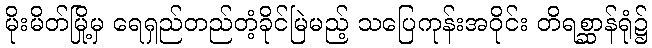
မိုးမိတ်မြို့မှ ရေရှည်တည်တံ့ခိုင်မြဲမည့် သပြေကုန်းအဝိုင်း တိရစ္ဆာန်ရုံ၌